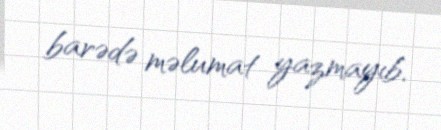
barədə məlumat yazmayıb.